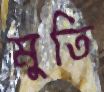
মুতি